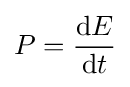
P={\frac {\mathrm {d} E}{\mathrm {d} t}}